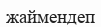
жаймендеп